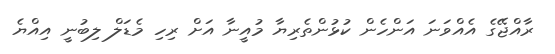
ރާއްޖޭގެ އެއްވަނަ އަންހެން ކުޅުންތެރިޔާ މުއީނާ އަށް ރިހި މެޑަލް ލިބުނީ އިއްޔެ